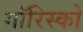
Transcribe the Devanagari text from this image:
मॉरिस्को